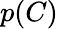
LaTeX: p(C)